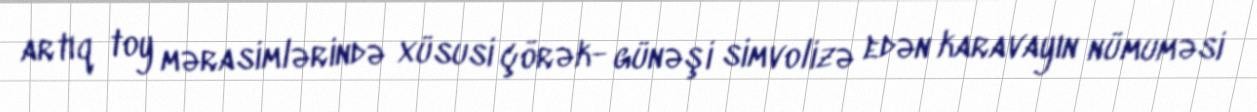
artıq toy mərasimlərində xüsusi çörək- günəşi simvolizə edən karavayın nümuməsi